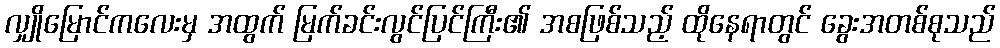
လျှိုမြောင်ကလေးမှ အထွက် မြက်ခင်းလွင်ပြင်ကြီး၏ အစဖြစ်သည့် ထိုနေရာတွင် ခွေးအတစ်စုသည်